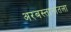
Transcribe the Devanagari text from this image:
अरबस्तानातला